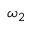
\omega _ { 2 }